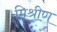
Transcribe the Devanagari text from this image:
मिश्रीण